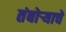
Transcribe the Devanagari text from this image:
तंबोर्‍याचे